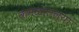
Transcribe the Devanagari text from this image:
कमळातल्या